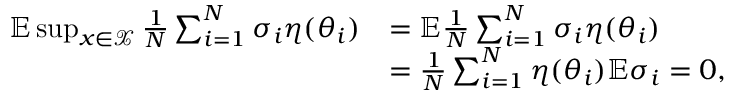
\begin{array} { r l } { \mathbb { E } \operatorname* { s u p } _ { x \in \mathcal { X } } \frac { 1 } { N } \sum _ { i = 1 } ^ { N } \sigma _ { i } \eta ( \theta _ { i } ) } & { = \mathbb { E } \frac { 1 } { N } \sum _ { i = 1 } ^ { N } \sigma _ { i } \eta ( \theta _ { i } ) } \\ & { = \frac { 1 } { N } \sum _ { i = 1 } ^ { N } \eta ( \theta _ { i } ) \mathbb { E } \sigma _ { i } = 0 , } \end{array}